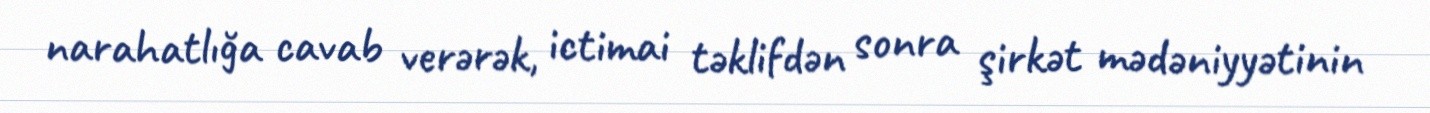
narahatlığa cavab verərək, ictimai təklifdən sonra şirkət mədəniyyətinin